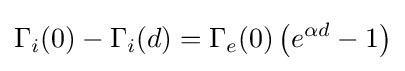
\Gamma _{i}(0)-\Gamma _{i}(d)=\Gamma _{e}(0)\left(e^{\alpha d}-1\right)